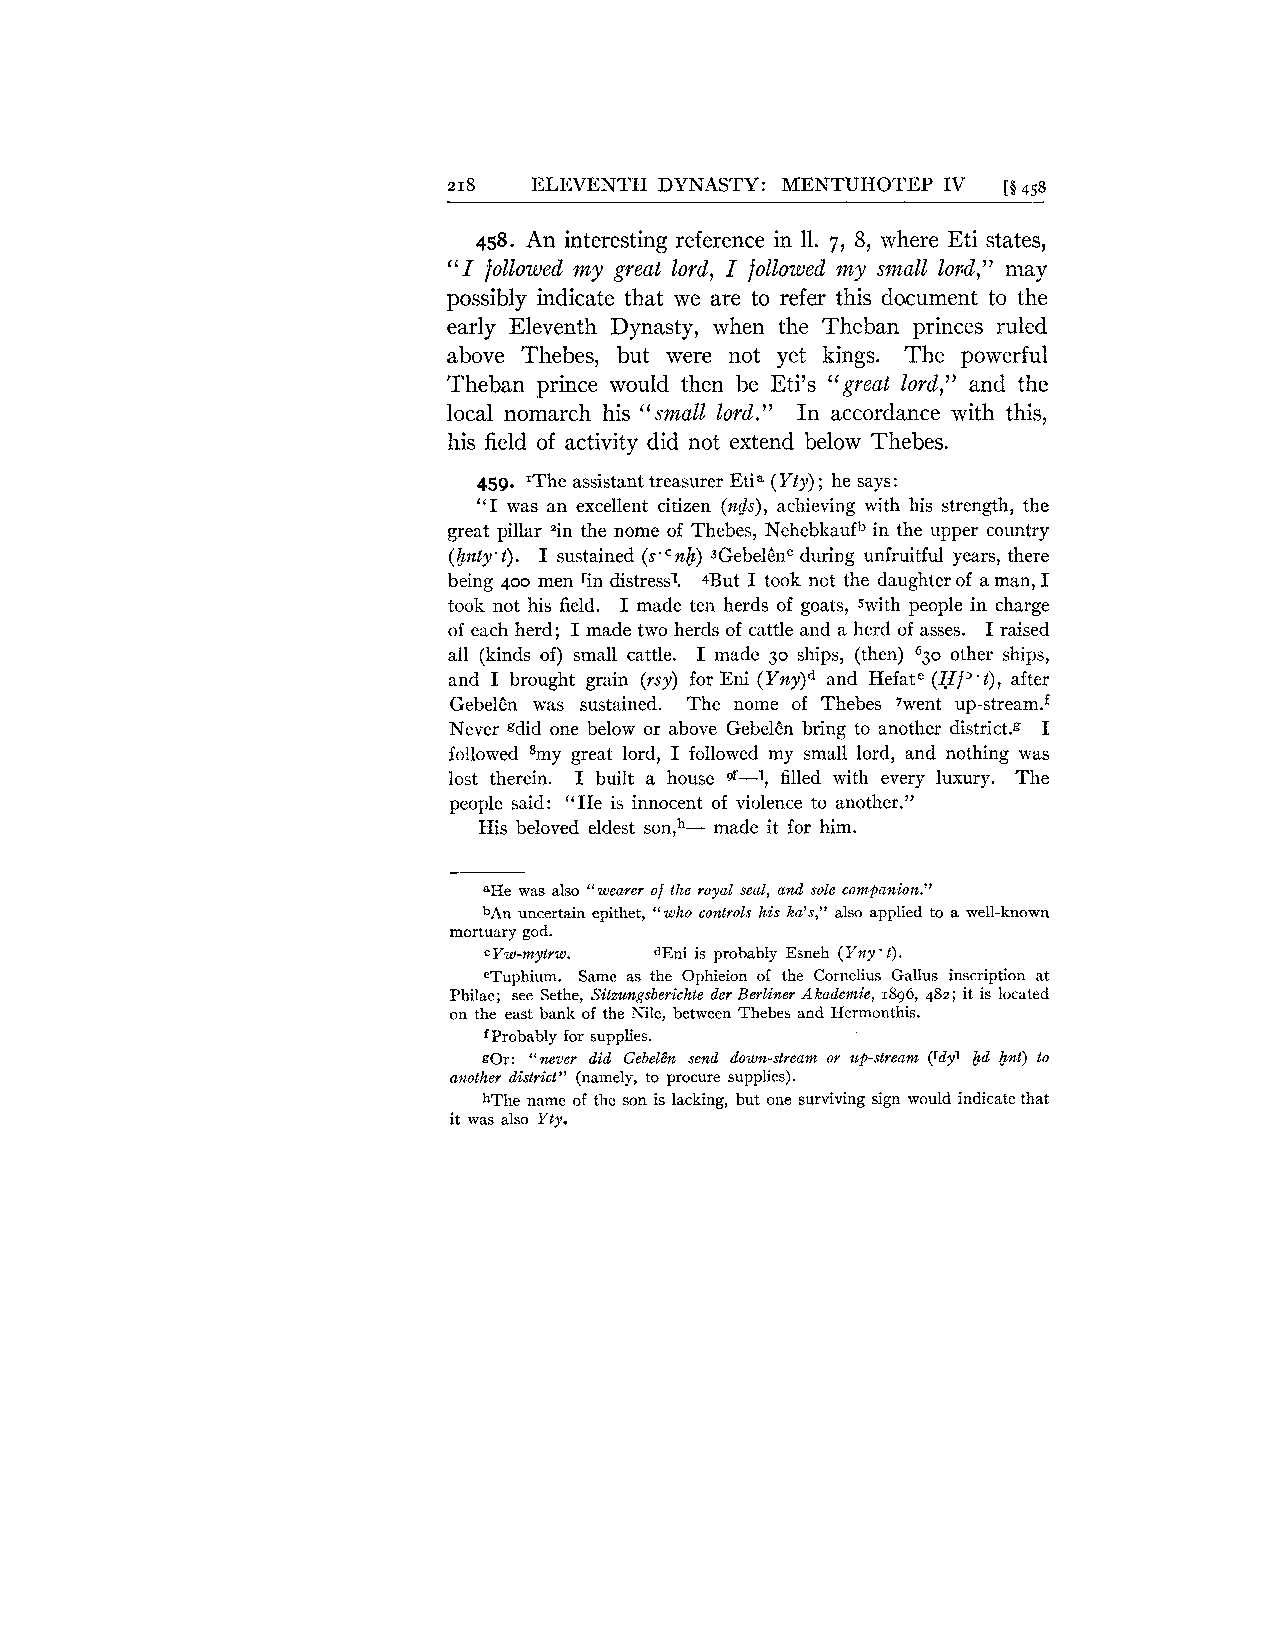
218  ELEVENTH DYNASTY: MENTUHOTEP IV [g 458
 458. An interesting reference in 11. 7, 8, where Eti states,
 "I followed my great lord, I followed my small lo~d," may
 possibly indicate that we are to refer this document to the
 early Eleventh Dynasty, when the Theban princes ruled
 above Thebes, but were not yet kings. The powerful
 Theban prince would then be Eti's "great lord," and the
 local nomarch his "small lord." In accordance with this,
 his field of activity did not extend below Thebes.
 459. 'The assistant treasurer Etia (Yty) ; he says:
 "I was an excellent citizen (rids), achieving with his strength, the
 great pillar =in the nome of Thebes, Nehebkaufb in the upper country
 (&nty.t). I sustained (~.~n3&G)eb elenc during uniruitful years, there
 being 400 men rin distress'. 4But I took not the daughter of a man, I
 took not his field. I made ten herds of goats, swith people in charge
 of each herd; I made two herds of cattle and a herd of asses. I raised
 all (kinds of) small cattle. I made 30 ships, (then) 630 other ships,
 and I brought grain (rsy) for Eni ( Y ~ Ya)nd~ Hefate (Hj3.t), after
 GebelCn was sustained. The nome of Thebes 7went up-~tream.~
 Never gdid one below or above GebelCn bring to another district+! I
 followed 8my great lord, I followed my small lord, and nothing was
 lost therein. I built a house ,1-'9 filled with every luxury. The
 people said: "He is innocent of violence to another."
 His beloved eldest son,h- made it for him.
 aHe was also "wearer of the royal seal, and sole companion."
 bAn uncertain epithet, "who controls his ka's," also applied to a well-known
 mortuary god.
 cYw-mytrw. dEni is probably Esneh (Yny t).
 '
 eTuphium. Same as the Ophieion of the Cornelius Gallus inscription at
 Philae; see Sethe, Sitzungsberichte der Berliner Akademie, 1896, 482; it is located
 on the east bank of the Nile, between Thebes and Hermonthis.
 Probably for supplies.
 f
 gOr: "never did Gebelan send dowrz-stream or up-stream (rdyl Ed Ent) to
 another district" (namely, to procure supplies).
 hThe name of the son is lacking, but one surviving sign would indicate that
 it was also Yty.